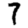
Digit: 7